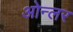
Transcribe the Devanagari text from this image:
ओन्लर